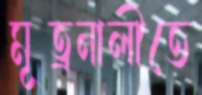
মূত্রনালীতে